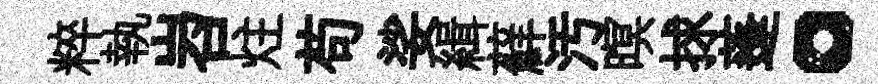
粹執岧炷苟娑緝蘚汚暝捄蓬。